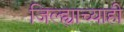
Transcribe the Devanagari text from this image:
जिल्ह्याच्याही